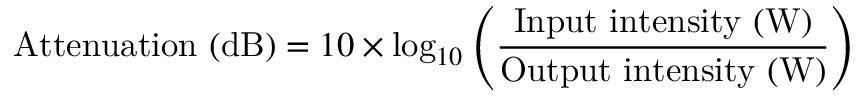
{ \mathrm { A t t e n u a t i o n ~ ( d B ) } } = 1 0 \times \log _ { 1 0 } \left( { \frac { \mathrm { I n p u t ~ i n t e n s i t y ~ ( W ) } } { \mathrm { O u t p u t ~ i n t e n s i t y ~ ( W ) } } } \right)